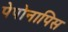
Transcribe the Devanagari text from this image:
पेपोनापिस